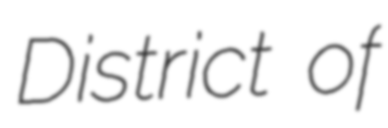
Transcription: District of